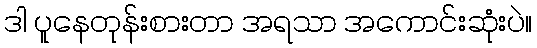
ဒါ ပူနေတုန်းစားတာ အရသာ အကောင်းဆုံးပဲ။